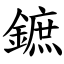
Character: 鏣